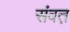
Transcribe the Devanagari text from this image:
संवत़